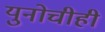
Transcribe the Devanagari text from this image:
युनोचीही